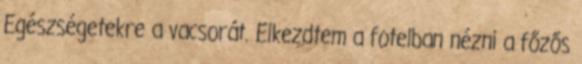
Egészségetekre a vacsorát. Elkezdtem a fotelban nézni a főzős